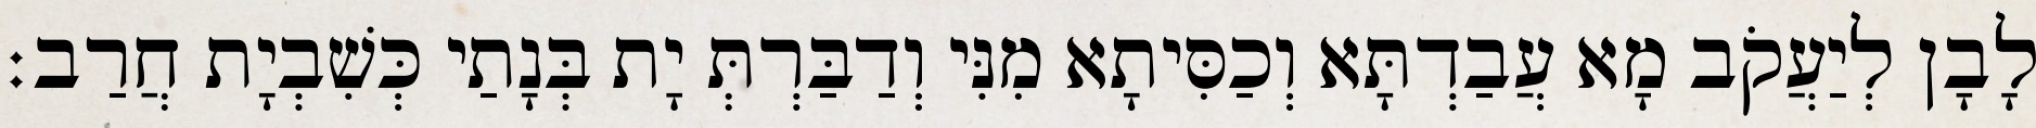
לָבָן לְיַעֲקֹב מָא עֲבַדְתָּא וְכַסִּיתָא מִנִּי וְדַבַּרְתְּ יָת בְּנָתַי כְּשִׁבְיָת חֲרַב׃